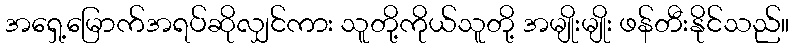
အရှေ့မြောက်အရပ်ဆိုလျှင်ကား သူတို့ကိုယ်သူတို့ အမျိုးမျိုး ဖန်တီးနိုင်သည်။